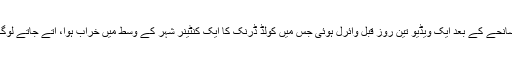
سماجی میڈیا پر اس سانحے کے بعد ایک ویڈیو تین روز قبل وائرل ہوئی جس میں کولڈ ڈرنک کا ایک کنٹینر شہر کے وسط میں خراب ہوا، آتے جاتے لوگ اس کو لوٹنے لگے۔